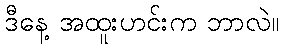
ဒီနေ့ အထူးဟင်းက ဘာလဲ။